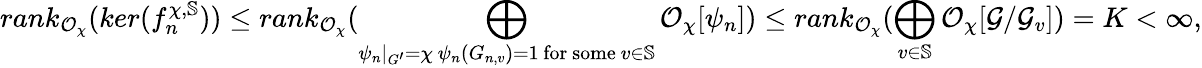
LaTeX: rank_{\mathcal O_{\chi}}(ker(f_{n}^{\chi,\mathbb S}))\leq rank_{\mathcal{O}_{\chi}}(\bigoplus_{\substack{\psi_{n}|_{G^{\prime}}=\chi\, \psi_{n}(G_{n,v})=1\, \mathrm{for~some~}v\in\mathbb S}}\mathcal{O}_{\chi}[\psi_{n}])\leq rank_{\mathcal{O}_{\chi}}(\bigoplus_{v\in\mathbb S}\mathcal{O}_{\chi}[\mathcal G/\mathcal G_{v}])=K<\infty,